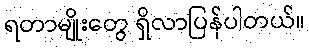
ရတာမျိုးတွေ ရှိလာပြန်ပါတယ်။